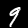
Label: 9